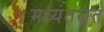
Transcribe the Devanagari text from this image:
मध्यंतरात